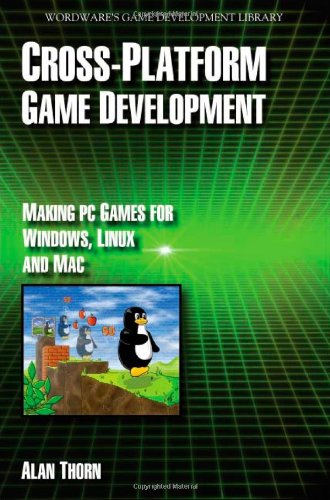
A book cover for Cross Platform Game Development (Wordware Game Developer's Library); Alan Thorn; Computers & Technology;